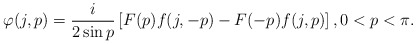
\begin{align*}\varphi(j,p)=\frac{i }{2\sin p}\left[F(p)f(j,-p)-F(-p)f(j,p)\right], 0<p<\pi.\end{align*}